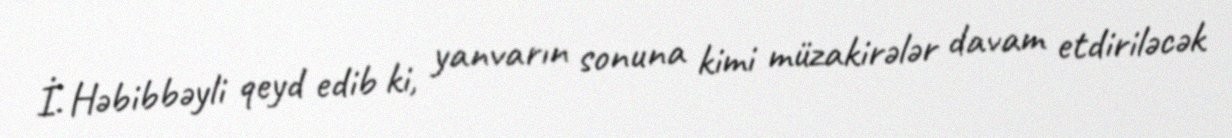
İ. Həbibbəyli qeyd edib ki, yanvarın sonuna kimi müzakirələr davam etdiriləcək